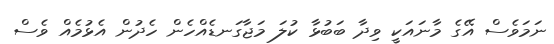
ނަމަވެސް އޭގެ މާނައަކީ ވިދާ ބަބުޅާ ކުލަ މަޖާގަނޑެއްހެން ހެދުން އެޅުމެއް ވެސް